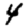
Digit: 4